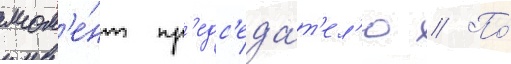
мом'е́нт пр'едс'еда́т'ел'ю // По́